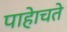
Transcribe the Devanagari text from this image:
पाहेाचते